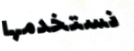
نستخدمها